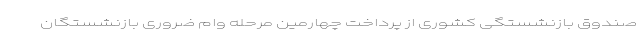
صندوق بازنشستگی کشوری از پرداخت چهارمین مرحله وام ضروری بازنشستگان